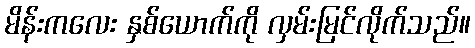
မိန်းကလေး နှစ်ယောက်ကို လှမ်းမြင်လိုက်သည်။